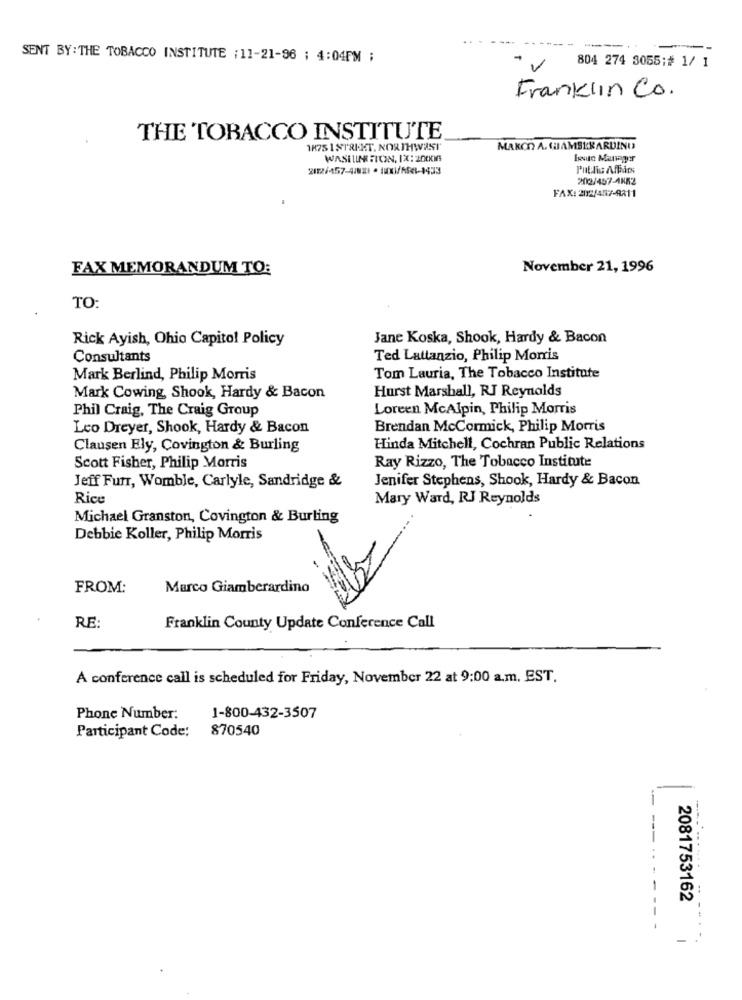
--
SENT BY: THE TOBACCO INSTITUTE : 11-21-96 ; 4:04PM ;
804 274 3055;# 1/ 1
Franklin Co.
THE TOBACCO INSTITUTE
1875 1 STRI-HT, NORTHWIST
MAKOO A. GHAMSERARDINO
WASILINE FION, IX: 2000
bun Manager
Public Affärs
202/457-4882
FAX: 202/487-9211
FAX MEMORANDUM TO:
November 21, 1996
TO:
Rick Ayish, Ohio Capitol Policy
Jane Koska, Shook, Hardy & Bacon
Consultants
Ted Lattanzio, Philip Morris
Mark Berlind, Philip Morris
Tom Lauria, The Tobacco Institute
Hurst Marshall, RJ Reynolds
Mark Cowing, Shook, Hardy & Bacon
Phil Craig, The Craig Group
Loreen McAlpin, Philip Morris
Leo Dreyer, Shook, Hardy & Bacon
Brendan McCormick, Philip Morris
Clausen Ely, Covington & Burling
Linda Mitchell, Cochran Public Relations
Scott Fisher, Philip Morris
Ray Rizzo, The Tobacco Institute
Jeff Furr, Womble, Carlyle, Sandridge &
Jenifer Stephens, Shook, Hardy & Bacon
Rice
Mary Ward, RJ Reynolds
Michael Granston, Covington & Burling
Debbie Koller, Philip Morris
FROM:
Marco Giamberardino
RE:
Franklin County Update Conference Call
A conference call is scheduled for Friday, November 22 at 9:00 a.m. EST.
Phone Number:
1-800-432-3507
Participant Code: 870540
-
--
2081753162
-